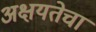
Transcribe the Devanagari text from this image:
अक्षयतेचा